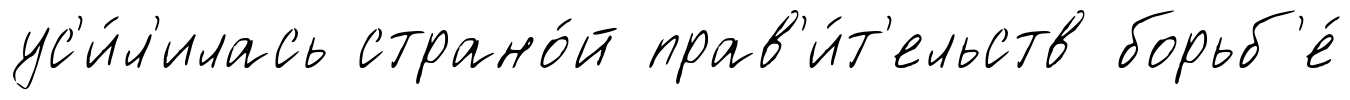
ус'и́л'илась страно́й прав'и́т'ельств борьб'е́